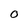
Character: O